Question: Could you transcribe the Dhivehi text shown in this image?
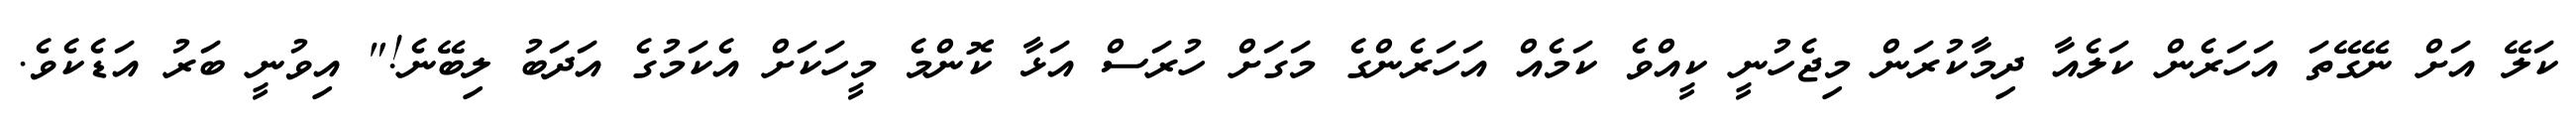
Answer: ކަލޭ އަށް ނޭގޭތަ އަހަރެން ކަލެއާ ދިމާކުރަން މިޖެހުނީ ކީއްވެ ކަމެއް އަހަރެންގެ މަގަށް ހުރަސް އަޅާ ކޮންމެ މީހަކަށް އެކަމުގެ އަދަބު ލިބޭނެ!" އިވުނީ ބަރު އަޑެކެވެ.